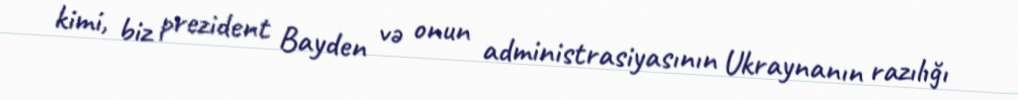
kimi, biz prezident Bayden və onun administrasiyasının Ukraynanın razılığı